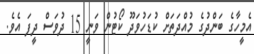
އެމީހާގެ ބަންދުގެ މުއްދަތަށް ކުޑަހުވަދޫ ކޯޓުން ވަނީ 15 ދުވަސް ދީފަ އެވެ.